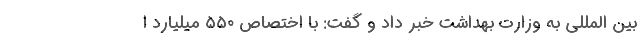
بین المللی به وزارت بهداشت خبر داد و گفت: با اختصاص ۵۵۰ میلیارد ا